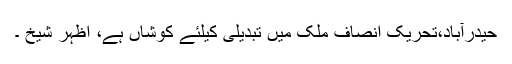
حیدرآباد،تحریک انصاف ملک میں تبدیلی کیلئے کوشاں ہے، اظہر شیخ ۔